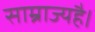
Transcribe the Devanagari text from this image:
साम्राज्यहै।